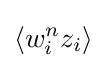
\langle w_{i}^{n}z_{i}\rangle